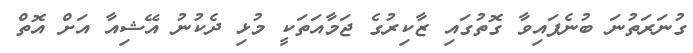
ގުނަރަތުނަ ބުނެފައިވާ ގޮތުގައި ޒާކިރުގެ ޖަމާއަތަކީ މުޅި ދެކުނު އޭޝިއާ އަށް އޮތް